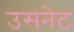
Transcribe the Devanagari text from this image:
उसनेट